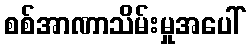
စစ်အာဏာသိမ်းမှုအပေါ်